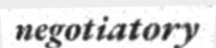
negotiatory